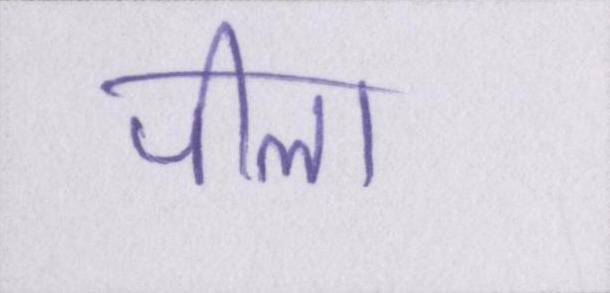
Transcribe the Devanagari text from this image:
पीला